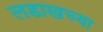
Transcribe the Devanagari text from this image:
लडाखच्या